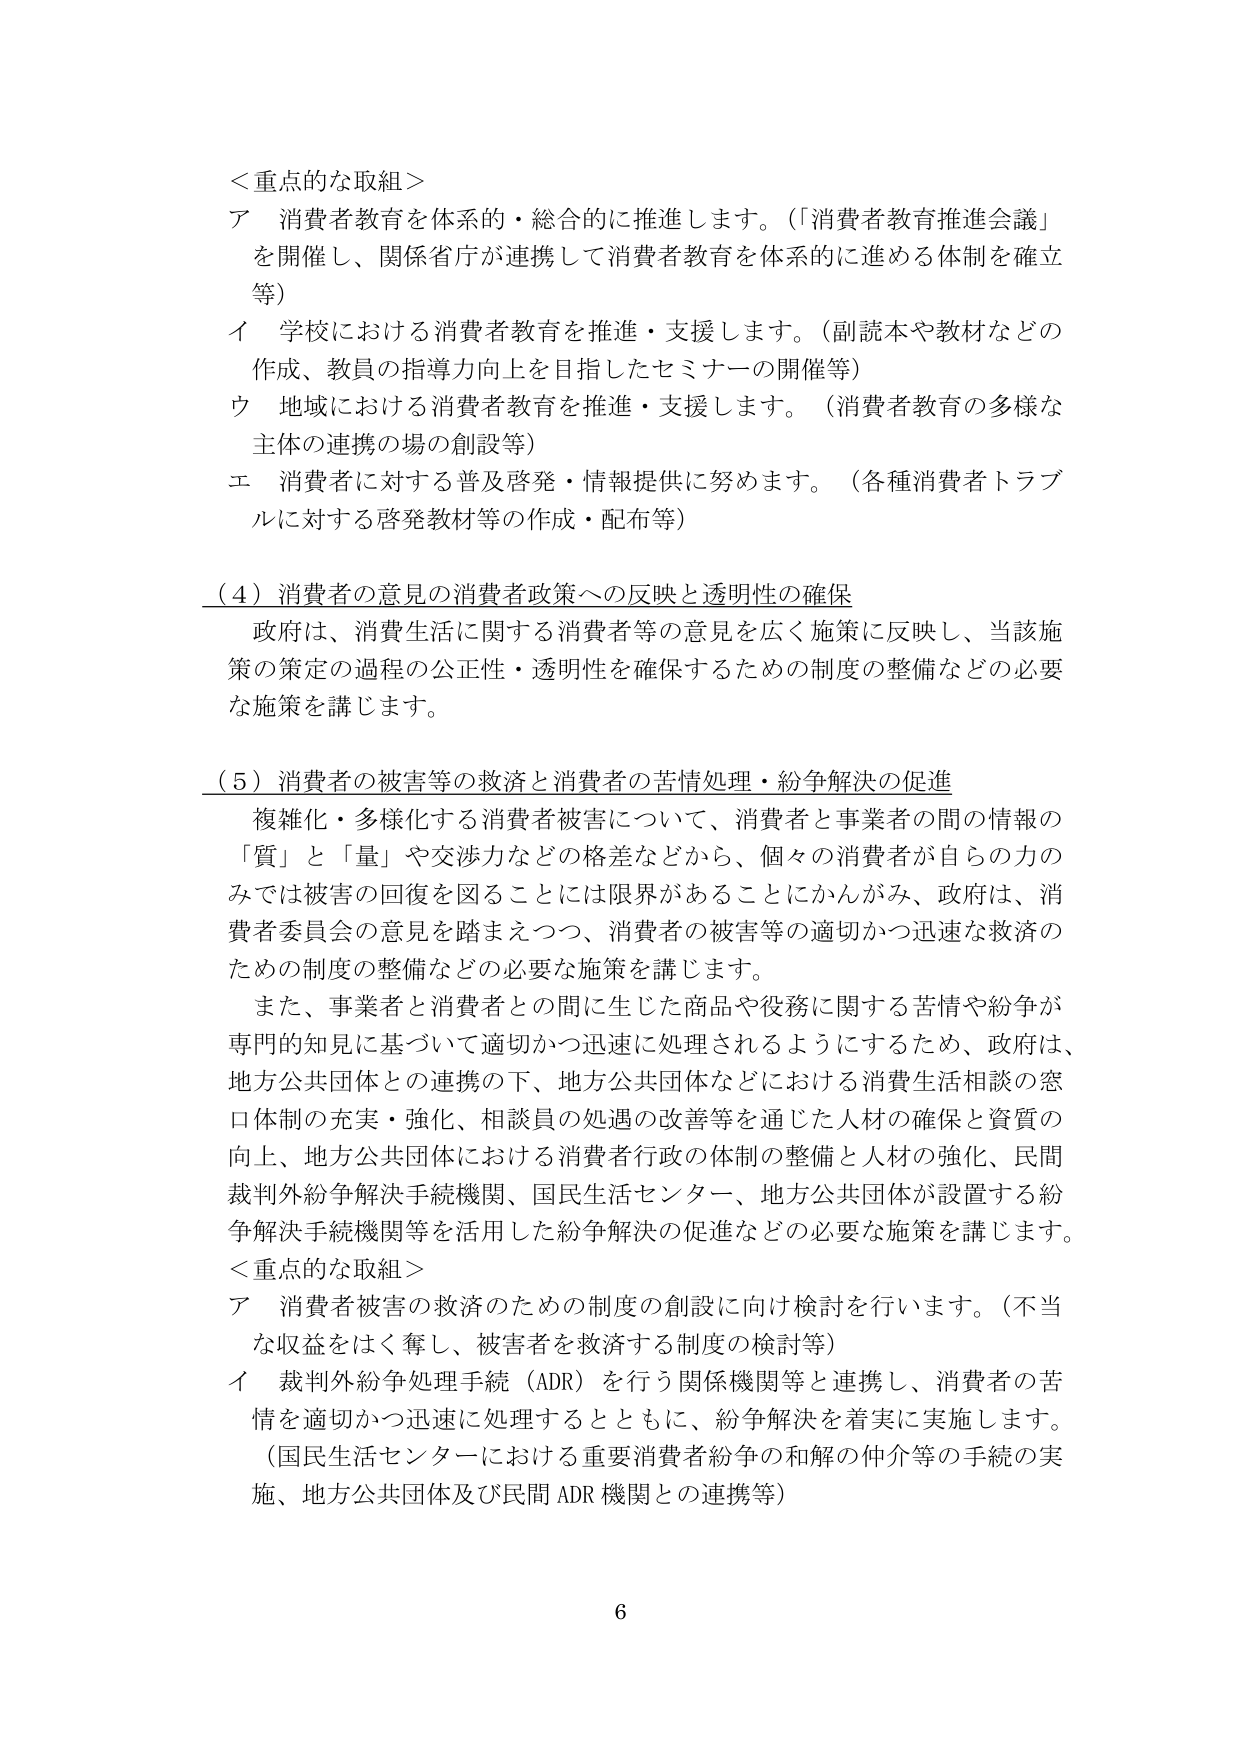
＜重点的な取組＞
ア 消費者教育を体系的・総合的に推進します。（「消費者教育推進会議」を開催し、関係省庁が連携して消費者教育を体系的に進める体制を確立等）
イ 学校における消費者教育を推進・支援します。（副読本や教材などの作成、教員の指導力向上を目指したセミナーの開催等）
ウ 地域における消費者教育を推進・支援します。（消費者教育の多様な主体の連携の場の創設等）
エ 消費者に対する普及啓発・情報提供に努めます。（各種消費者トラブルに対する啓発教材等の作成・配布等）

（4）消費者の意見の消費者政策への反映と透明性の確保
政府は、消費生活に関する消費者等の意見を広く施策に反映し、当該施策の策定の過程の公正性・透明性を確保するための制度の整備などの必要な施策を講じます。

（5）消費者の被害等の救済と消費者の苦情処理・紛争解決の促進
複雑化・多様化する消費者被害について、消費者と事業者の間の情報の「質」と「量」や交渉力などの格差などから、個々の消費者が自らの力のみでは被害の回復を図ることには限界があることにかんがみ、政府は、消費者委員会の意見を踏まえつつ、消費者の被害等の適切かつ迅速な救済のための制度の整備などの必要な施策を講じます。
また、事業者と消費者との間に生じた商品や役務に関する苦情や紛争が専門的知見に基づいて適切かつ迅速に処理されるようにするため、政府は、地方公共団体との連携の下、地方公共団体などにおける消費生活相談の窓口体制の充実・強化、相談員の処遇の改善等を通じた人材の確保と資質の向上、地方公共団体における消費者行政の体制の整備と人材の強化、民間裁判外紛争解決手続機関、国民生活センター、地方公共団体が設置する紛争解決手続機関等を活用した紛争解決の促進などの必要な施策を講じます。

＜重点的な取組＞
ア 消費者被害の救済のための制度の創設に向け検討を行います。（不当な収益をはく奪し、被害者を救済する制度の検討等）
イ 裁判外紛争処理手続（ADR）を行う関係機関等と連携し、消費者の苦情を適切かつ迅速に処理するとともに、紛争解決を着実に実施します。（国民生活センターにおける重要消費者紛争の和解の仲介等の手続の実施、地方公共団体及び民間ADR機関との連携等）

6